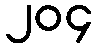
၂၀၄